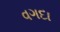
વગદા